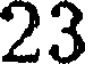
23